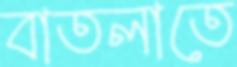
বাতলাতে